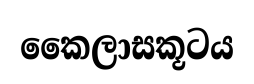
කෛලාසකූටය